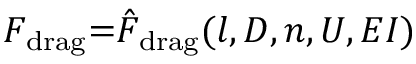
F _ { \mathrm { d r a g } } { = } \hat { F } _ { \mathrm { d r a g } } ( l , D , n , U , E I )